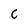
Character: C